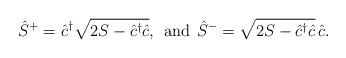
LaTeX: \begin{align*} \hat S^+ = \hat c^\dagger \sqrt{2 S - \hat c^\dagger \hat c}, \hskip 5pt \mbox{and} \hskip 5pt \hat S^- = \sqrt{2 S - \hat c^\dagger \hat c} \, \hat c. \end{align*}